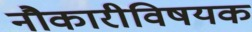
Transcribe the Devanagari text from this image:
नौकारीविषयक